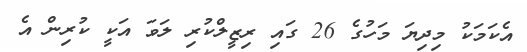
އެކަމަކު މިދިޔަ މަހުގެ 26 ގައި ރިޒީލްކުރި ލަވަ އަކީ ކުރިން އެ